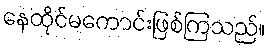
နေထိုင်မကောင်းဖြစ်ကြသည်။